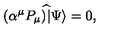
( \alpha ^ { \mu } { P } _ { \mu } ) ^ { \widehat { } } | \Psi \rangle = 0 ,